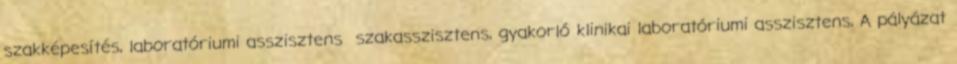
szakképesítés, laboratóriumi asszisztens szakasszisztens, gyakorló klinikai laboratóriumi asszisztens, A pályázat